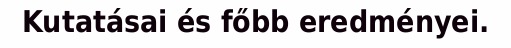
Kutatásai és főbb eredményei.